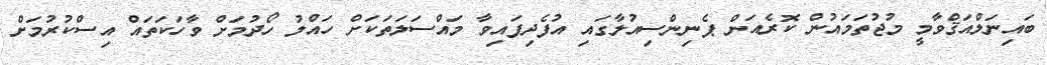
ބައިނަލްއަޤްވާމީ މުޖުތަމައުން ކޮރެއަން ޕެނިންސިއުލާގައި އުފެދިފައިވާ މައްސަލަތަކަށް ހައްލު ހޯދުމަށް ވާހަކަތައް އިސްކުރުމަށް